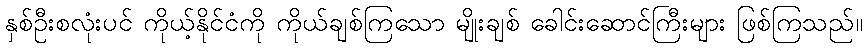
နှစ်ဦးစလုံးပင် ကိုယ့်နိုင်ငံကို ကိုယ်ချစ်ကြသော မျိုးချစ် ခေါင်းဆောင်ကြီးများ ဖြစ်ကြသည်။